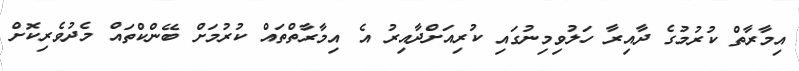
އިމާރާތް ކުރުމުގެ ދާއިރާ ހަލުވިމިނުގައި ކުރިއަށްދާއިރު އެ އިމާރާތްތައް ކުރުމަށް ބޭންކްތައް މެދުވެރިކޮށް